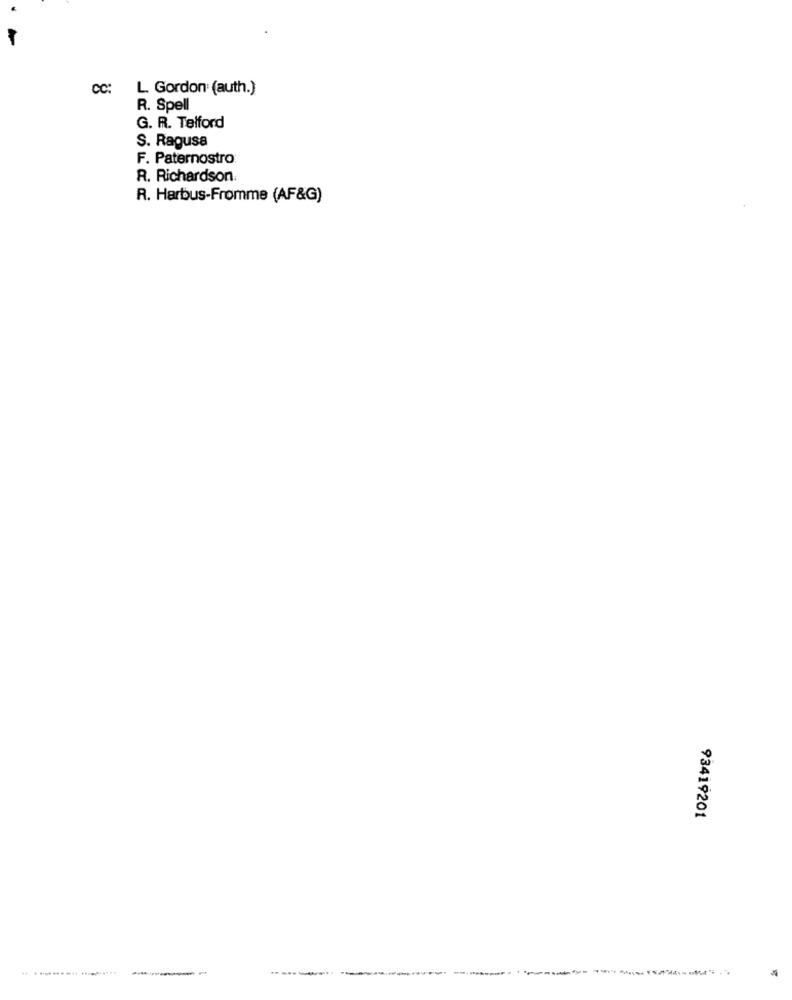
CC:
L. Gordon (auth.)
R. Spell
G. R. Telford
S. Ragusa
F. Paternostro:
R. Richardson.
R. Harbus-Fromme (AF&G)
93419201
.. . .......... .........